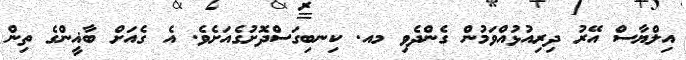
އިލްޔާސް އޭރު ދިރިއުޅުއްވަމުން ގެންދެވި މއ. ކިނބިގަސްދޮށުގެއަށެވެ. އެ ގެއަށް ބާޣީންގެ ތިން